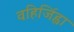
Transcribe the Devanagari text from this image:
वहिर्जिह्वा